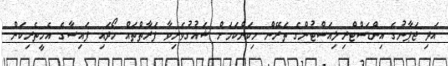
އަދި ޖަޕާނުގެ އިންޑަަސްޓްރިލިއަސްޓުންގެ ތެރޭން މިކަންކަމަށް ޝައުގުވެރިވާ ފަރާތްތައް ހޯދައި ފައިސާގެ އެހީތެރިކަން